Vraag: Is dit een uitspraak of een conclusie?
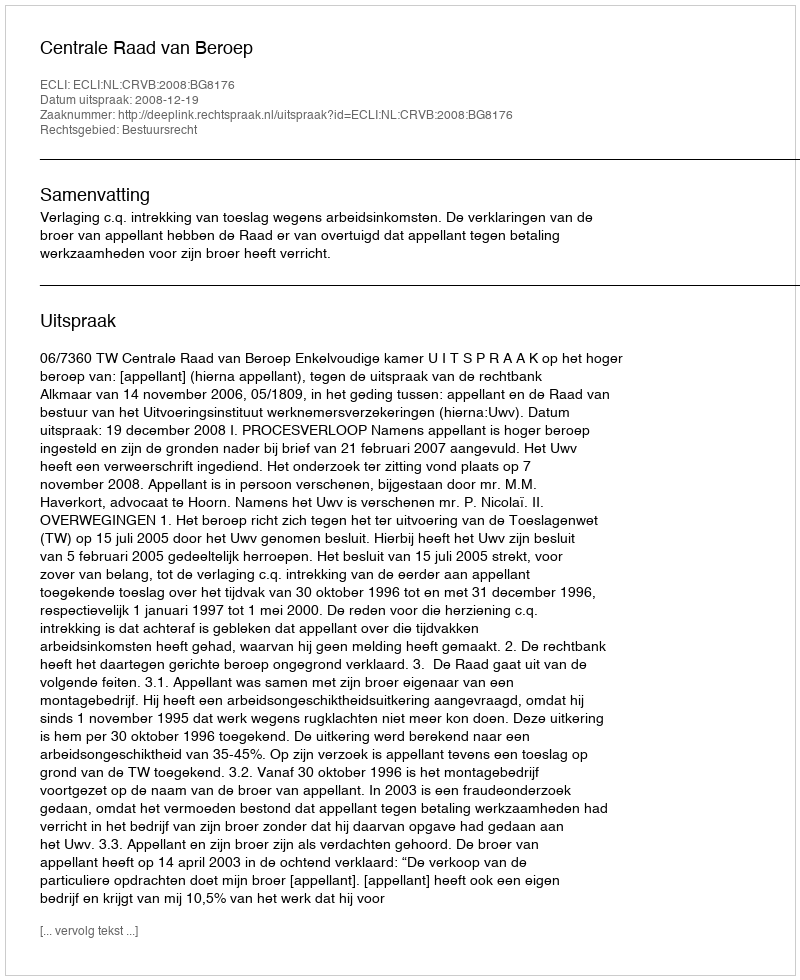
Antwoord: Uitspraak